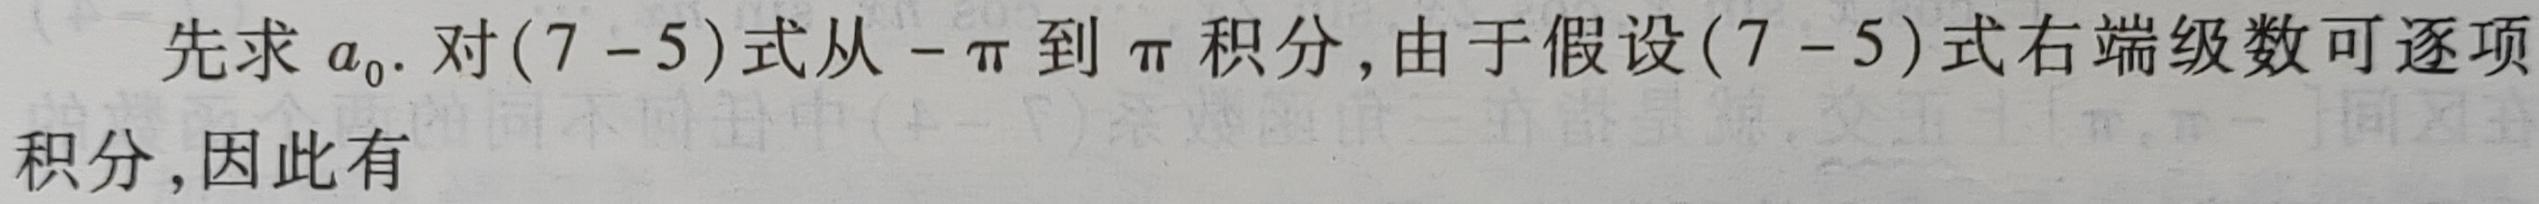
先求 $a_{0}$. 对 $(7 - 5)$ 式从 $-\pi$ 到 $\pi$ 积分, 由于假设 $(7 - 5)$ 式右端级数可逐项积分, 因此有